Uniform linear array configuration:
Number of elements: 48
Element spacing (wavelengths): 0.25
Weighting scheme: binomial
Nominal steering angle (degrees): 60
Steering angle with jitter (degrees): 58.714
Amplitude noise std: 0.05
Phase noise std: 0.05

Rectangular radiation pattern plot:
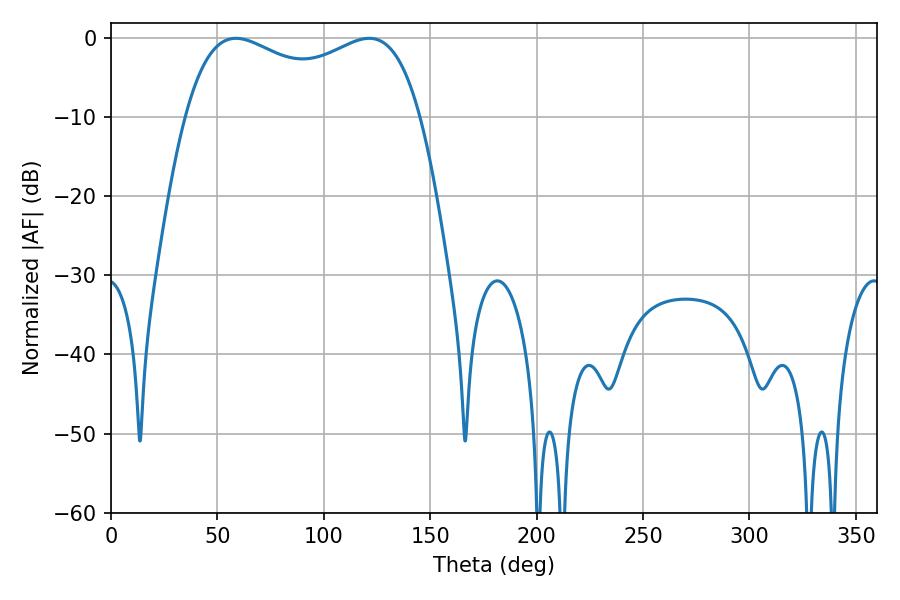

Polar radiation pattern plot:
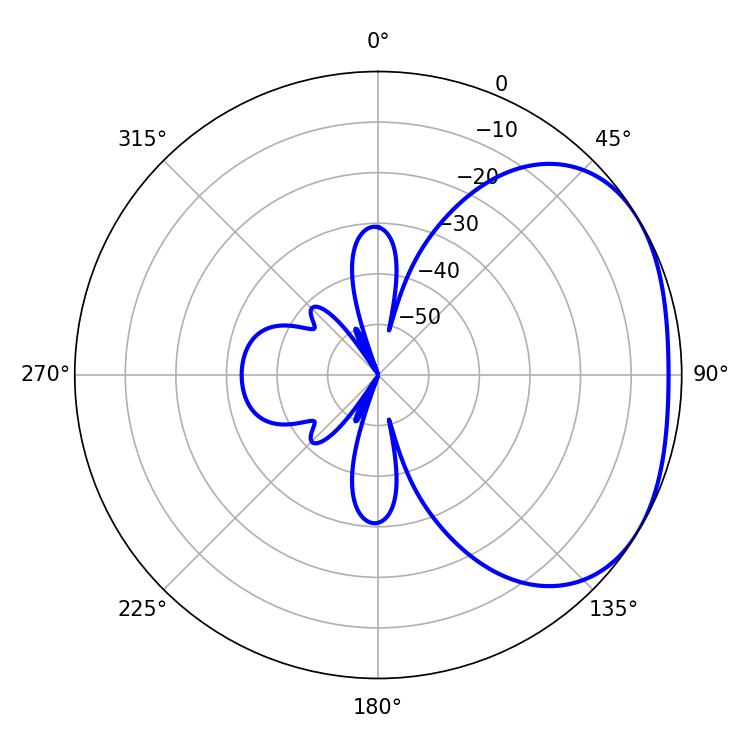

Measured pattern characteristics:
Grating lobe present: FALSE
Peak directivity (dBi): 2.376
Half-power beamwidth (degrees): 91.08
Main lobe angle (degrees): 58.68